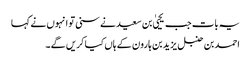
یہ بات جب یحییٰ بن سعید نے سنی تو انہوں نے کہا
احمد بن حنبل یزید بن ہارون کے ہاں کیا کریں گے۔